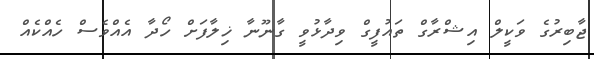
ޖާބިރުގެ ވަކީލް އިޝްރާގް ތައުފީގް ވިދާޅުވީ ގާނޫނާ ޚިލާފަށް ހޯދާ އެއްވެސް ހެއްކެއް